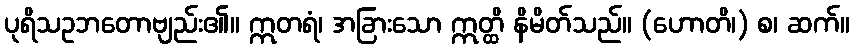
ပုရိသဥဘတောဗျည်း၏။ ဣတရံ၊ အခြားသော ဣတ္ထိ နိမိတ်သည်။ (ဟောတိ၊) စ၊ ဆက်။